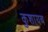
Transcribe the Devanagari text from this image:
कुशायब